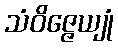
သံဝိဇ္ဇေယျုံ